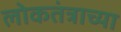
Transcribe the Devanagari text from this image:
लोकतंत्राच्या